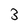
Character: 3